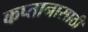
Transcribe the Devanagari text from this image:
कप्तानासाठी